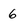
Character: 6